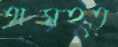
অমহত্